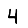
Digit: 4